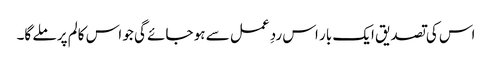
اس کی تصدیق ایک بار اس ردِ عمل سے ہو جائے گی جو اس کالم پر ملے گا۔